Reports on dispensaries and lunatic asylums in the Province of Oudh - 1869-1876
Year: 1869
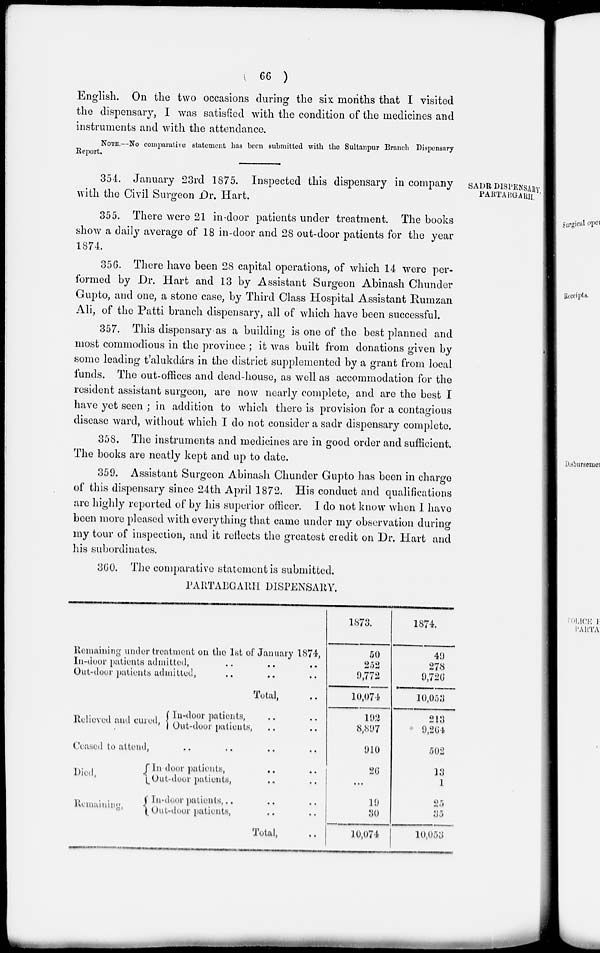
( 66 )
English. On the two occasions during the six months that I visited
the dispensary, I was satisfied with the condition of the medicines and
instruments and with the attendance.
NOTE.—No comparative statement has been submitted with the Sultanpur Branch Dispensary
Report.
SADR DISPENSARY
PARTABGARH.
354. January 23rd 1875. Inspected this dispensary in company
with the Civil Surgeon Dr. Hart.
355. There were 21 in-door patients under treatment. The books
show a daily average of 18 in-door and 28 out-door patients for the year
1874.
356. There have been 28 capital operations, of which 14 were per-
formed by Dr. Hart and 13 by Assistant Surgeon Abinash Chunder
Gupto, and one, a stone case, by Third Class Hospital Assistant Rumzan
Ali, of the Patti branch dispensary, all of which have been successful.
357. This dispensary as a building is one of the best planned and
most commodious in the province ; it was built from donations given by
some leading t'alukdárs in the district supplemented by a grant from local
funds. The out-offices and dead-house, as well as accommodation for the
resident assistant surgeon, are now nearly complete, and are the best I
have yet seen ; in addition to which there is provision for a contagious
disease ward, without which I do not consider a sadr dispensary complete.
358. The instruments and medicines are in good order and sufficient.
The books are neatly kept and up to date.
359. Assistant Surgeon Abinash Chunder Gupto has been in charge
of this dispensary since 24th April 1872. His conduct and qualifications
are highly reported of by his superior officer. I do not know when I have
been more pleased with everything that came under my observation during
my tour of inspection, and it reflects the greatest credit on Dr. Hart and
his subordinates.
360. The comparative statement is submitted.
PARTABGARH DISPENSARY.
Remaining under treatment on the 1st of January 1874,
In-door patients admitted, .. .. ..
Out-door patients admitted, .. .. ..
Total, ..
Relieved and cured,
In-door patients, .. ..
Out-door patients, .. ..
Ceased to attend, .. .. .. ..
Died,
Remaining,
In-door patients, .. ..
Out-door patients, .. ..
In-door patients, .. ..
Out-door patients, .. ..
Total, ..
1873.
50
252
9,772
10,074
192
8,897
910
26
...
19
30
10,074
1874.
49
278
9,720
10,053
213
9,264
502
13
1
25
35
10,053